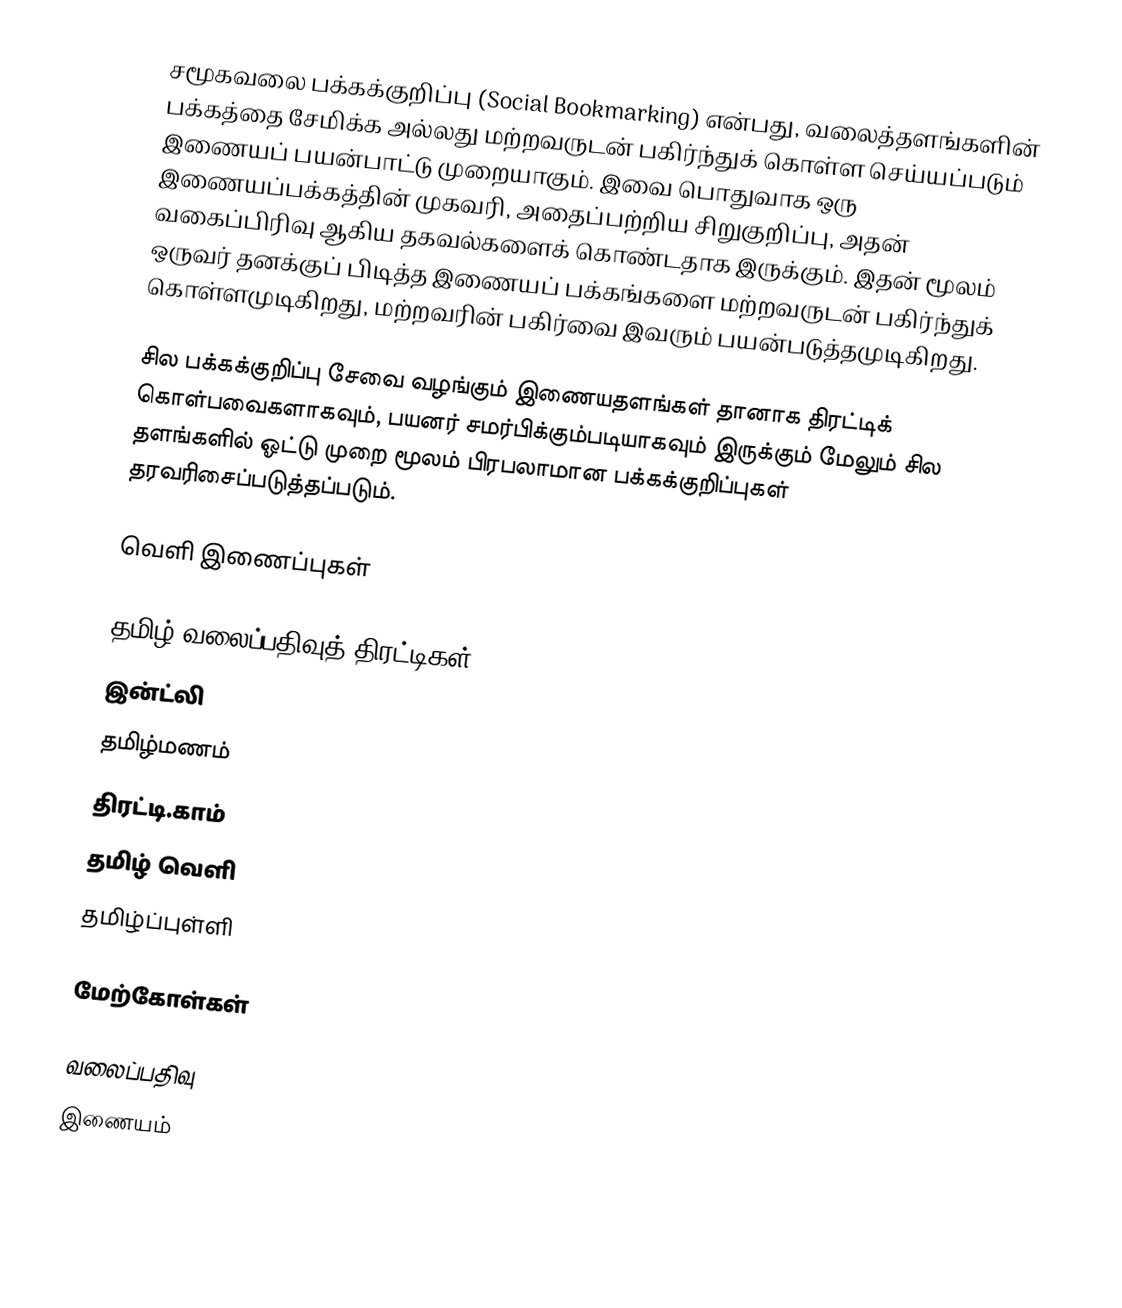
சமூகவலை பக்கக்குறிப்பு (Social Bookmarking) என்பது, வலைத்தளங்களின் பக்கத்தை சேமிக்க அல்லது மற்றவருடன் பகிர்ந்துக் கொள்ள செய்யப்படும் இணையப் பயன்பாட்டு முறையாகும். இவை பொதுவாக ஒரு இணையப்பக்கத்தின் முகவரி, அதைப்பற்றிய சிறுகுறிப்பு, அதன் வகைப்பிரிவு ஆகிய தகவல்களைக் கொண்டதாக இருக்கும். இதன் மூலம் ஒருவர் தனக்குப் பிடித்த இணையப் பக்கங்களை மற்றவருடன் பகிர்ந்துக் கொள்ளமுடிகிறது, மற்றவரின் பகிர்வை இவரும் பயன்படுத்தமுடிகிறது.

சில பக்கக்குறிப்பு சேவை வழங்கும் இணையதளங்கள் தானாக திரட்டிக் கொள்பவைகளாகவும், பயனர் சமர்பிக்கும்படியாகவும் இருக்கும் மேலும் சில தளங்களில் ஓட்டு முறை மூலம் பிரபலாமான பக்கக்குறிப்புகள் தரவரிசைப்படுத்தப்படும்.

வெளி இணைப்புகள்

தமிழ் வலைப்பதிவுத் திரட்டிகள்
 இன்ட்லி
 தமிழ்மணம்
 திரட்டி.காம்
 தமிழ் வெளி
 தமிழ்ப்புள்ளி

மேற்கோள்கள்

வலைப்பதிவு
இணையம்